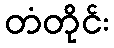
တံတိုင်း